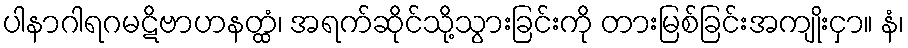
ပါနာဂါရဂမဋိဗာဟနတ္ထံ၊ အရက်ဆိုင်သို့သွားခြင်းကို တားမြစ်ခြင်းအကျိုးငှာ။ နံ၊